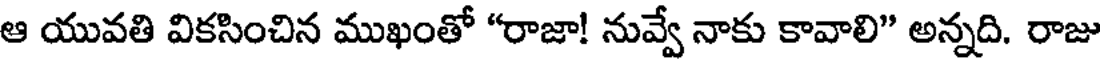
ఆ యువతి వికసించిన ముఖంతో "రాజా! నువ్వే నాకు కావాలి" అన్నది. రాజు